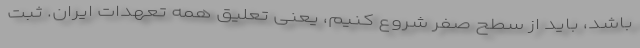
باشد، باید از سطح صفر شروع کنیم، یعنی تعلیق همه تعهدات ایران. ثبت